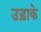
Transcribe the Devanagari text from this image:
उड़ाके